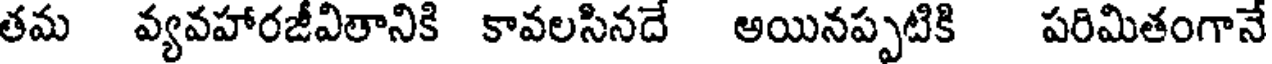
తమ వ్యవహారజీవితానికి కావలసినదే అయినప్పటికి పరిమితంగానే